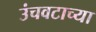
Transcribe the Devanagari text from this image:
उंचवटाच्या